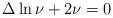
LaTeX: \begin{align*}\Delta \ln \nu + 2 \nu =0\end{align*}